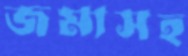
জমাসহ